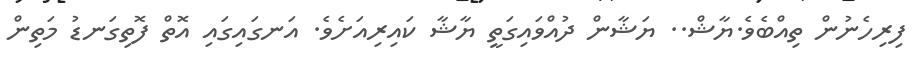
ފިރިހެނުން ތިއްބެވެ.ޔާޝް.. ޔަޝާން ދުއްވައިގަތީ ޔާޝާ ކައިރިއަށެވެ. އަނގައިގައި އޮތް ފޮތިގަނޑު މަތިން